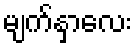
မျက်နှာလေး